Leaving Certificate Examination, 1925
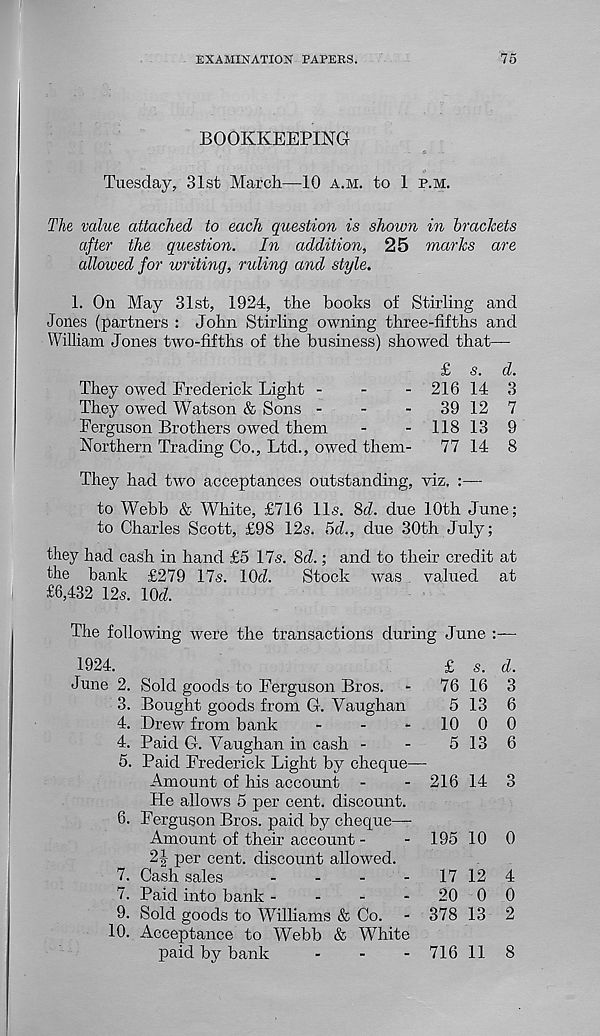
EXAMINATION PAPERS.
75
BOOKKEEPING
Tuesday, 31st March—10 a.m. to 1 p.m.
The value attached to each question is shown in brackets
after the question. In addition, 25 marks are
allowed for writing, ruling and style.
1. On May 31st, 1924, the hooks of Stirling and
Jones (partners : John Stirling owning three-fifths and
William Jones two-fifths of the business) showed that—
£ s. d.
They owed Frederick Light -
-
-21614 3
They owed Watson & Sons -
-
-
39 12 7
Ferguson Brothers owed them
-
- 11813 9
Northern Trading Co., Ltd., owed them-
77 14 8
They had two acceptances outstanding, viz. :—
to Webb & White, £716 11s. 8d. due 10th June;
to Charles Scott, £98 12s. 5d., due 30th July;
they had cash in hand £5 17s. 8d.; and to their credit at
the bank £279 17s. 10J.
Stock was valued at
£6,432 12s. lOd.
The following were the transactions during June
1924.
£ s. d.
June 2. Sold goods to Ferguson Bros. -
76 16 3
3. Bought goods from G. Vaughan
5 13 6
4. Drew from bank
-
-
-
10 0 0
4. Paid G. Vaughan in cash -
-
5 13 6
5. Paid Frederick Light by cheque—•
Amount of his account -
- 216 14 3
He allows 5 per cent, discount.
6. Ferguson Bros, paid by cheque—
Amount of their account -
- 195 10 0
2J per cent, discount allowed.
7. Cash sales
-
-
-
-
17 12 4
7. Paid into bank -
-
-
-
20 0 0
9. Sold goods to Williams & Co. - 378 13 2
10. Acceptance to Webb & White
paid by bank
-
-
- 716 11 8